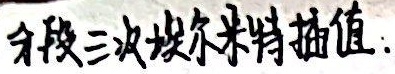
分段三次埃尔米特插值.